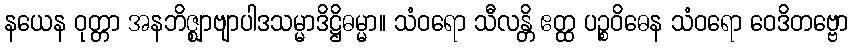
နယေန ဝုတ္တာ အနဘိဇ္ဈာဗျာပါဒသမ္မာဒိဋ္ဌိဓမ္မာ။ သံဝရော သီလန္တိ ဧတ္ထ ပဉ္စဝိဓေန သံဝရော ဝေဒိတဗ္ဗော